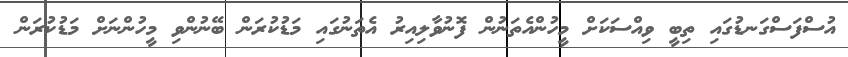
އުސްފަސްގަނޑުގައި ތިބީ ވިއްސަކަށް މީހުންއެތަނުން ފޮނުވާލިއިރު އެތަނުގައި މަޑުކުރަން ބޭނުންވި މީހުންނަށް މަޑުކުރަން